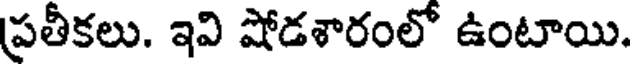
ప్రతీకలు. ఇవి షోడశారంలో ఉంటాయి.